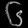
Digit: ၆